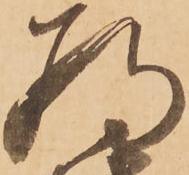
為